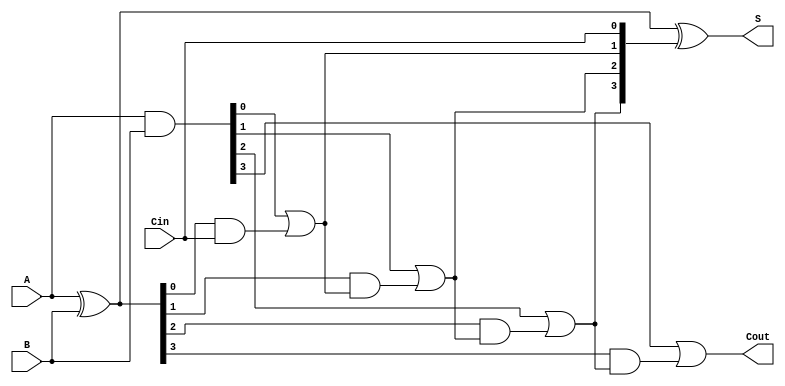
module RCLA #(parameter n = 4) (
    input  [n-1:0] A,      // First operand
    input  [n-1:0] B,      // Second operand
    input          Cin,     // Carry input
    output [n-1:0] S,      // Sum output
    output         Cout     // Carry output
);

    // Generate and Propagate signals
    wire [n-1:0] G; // Generate signals
    wire [n-1:0] P; // Propagate signals
    wire [n:0] C;   // Carry signals

    // Generate and Propagate logic
    assign G = A & B;          // Gi = Ai AND Bi
    assign P = A ^ B;          // Pi = Ai XOR Bi

    // Carry Lookahead Logic
    assign C[0] = Cin;         // C0 = Cin
    assign C[1] = G[0] | (P[0] & C[0]); // C1 = G0 + (P0 AND C0)
    assign C[2] = G[1] | (P[1] & C[1]); // C2 = G1 + (P1 AND C1)
    assign C[3] = G[2] | (P[2] & C[2]); // C3 = G2 + (P2 AND C2)
    assign C[4] = G[3] | (P[3] & C[3]); // C4 = G3 + (P3 AND C3)
    
    // Sum Calculation
    assign S = A ^ B ^ C[n-1:0]; // S[i] = Ai XOR Bi XOR Ci

    // Carry output
    assign Cout = C[n]; // Cout = Cn

endmodule